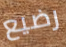
رضيع